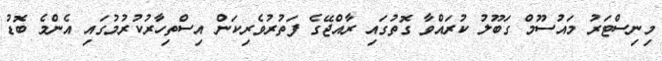
މިނިސްޓަރު މައުސޫމް ގަބޫލު ކުރައްވާ ގޮތުގައި ރާއްޖޭގެ ފަތުރުވެރިކަން އިސްތިހާރުކުރުމުގައި އެންމެ ބޮޑު